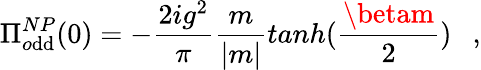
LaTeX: \Pi_{o\mathrm{d}\mathrm{d}}^{NP}(0)=-\frac{{2ig^{2}}}{{\pi}}\frac{{m}}{{|m|}}tanh(\frac{{\betam}}{{2}})~~~,